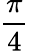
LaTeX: \frac{\pi}{4}